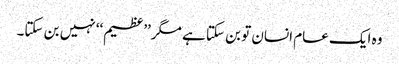
وہ ایک عام انسان تو بن سکتا ہے مگر’’عظیم‘‘ نہیں بن سکتا۔